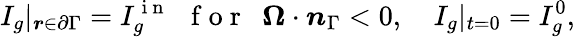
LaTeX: I_{g}|_{\boldsymbol{r}\in\partial\Gamma}=I_{g}^{\mathrm{~i~n~}}\ \ \mathrm{~f~o~r~}\ \ \boldsymbol{\Omega}\cdot\boldsymbol{n}_{\Gamma}<0,\quad I_{g}|_{t=0}=I_{g}^{0},